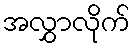
အလွှာလိုက်